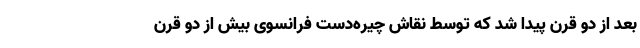
بعد از دو قرن پیدا شد که توسط نقاش چیره‌دست فرانسوی بیش از دو قرن